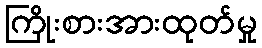
ကြိုးစားအားထုတ်မှု